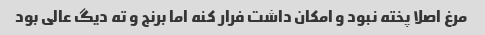
مرغ اصلا پخته نبود و امکان داشت فرار کنه اما برنج و ته دیگ عالی بود